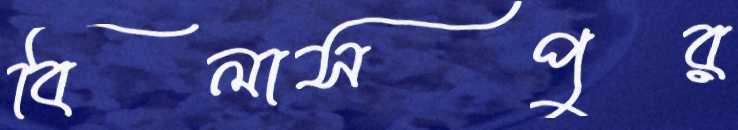
বিলাসপুর